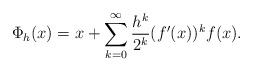
\begin{align*} \Phi_h(x)=x+\sum_{k=0}^\infty \frac{h^k}{2^k} (f'(x))^k f(x).\end{align*}